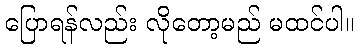
ပြောရန်လည်း လိုတော့မည် မထင်ပါ။